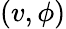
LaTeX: (v,\phi)